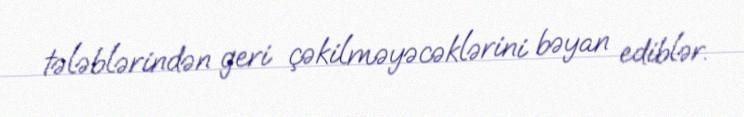
tələblərindən geri çəkilməyəcəklərini bəyan ediblər.